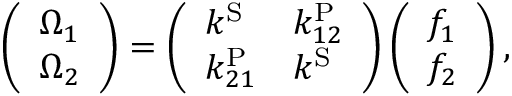
\left( \begin{array} { l } { \Omega _ { 1 } } \\ { \Omega _ { 2 } } \end{array} \right) = \left( \begin{array} { l l } { k ^ { \mathrm { S } } } & { k _ { 1 2 } ^ { \mathrm { P } } } \\ { k _ { 2 1 } ^ { \mathrm { P } } } & { k ^ { \mathrm { S } } } \end{array} \right) \left( \begin{array} { l } { f _ { 1 } } \\ { f _ { 2 } } \end{array} \right) ,